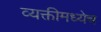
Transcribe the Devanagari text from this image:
व्यक्तीमध्येच